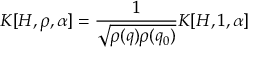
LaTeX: { \cal K } [ H , \rho , \alpha ] = \frac { 1 } { \sqrt { \rho ( q ) \rho ( q _ { 0 } ) } } { \cal K } [ H , 1 , \alpha ]